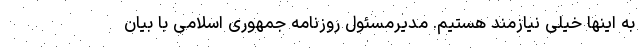
به اینها خیلی نیازمند هستیم. مدیرمسئول روزنامه جمهوری اسلامی با بیان